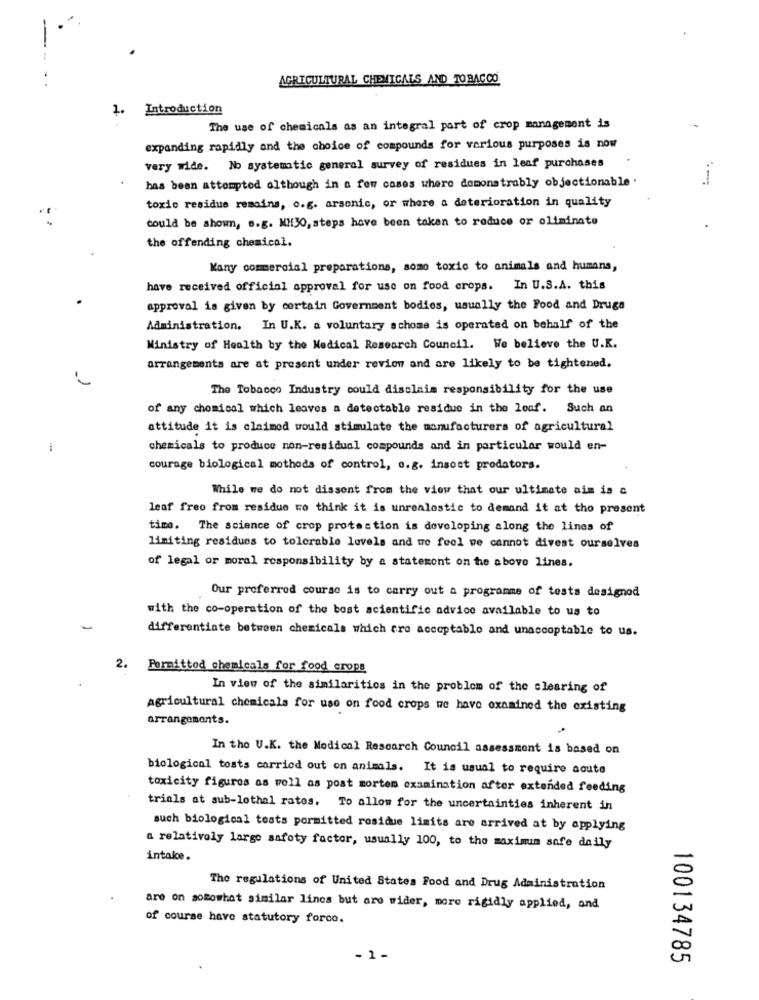
AGRICULTURAL CHEMICALS AND TOBACCO
1. Introduction
The use of chemicals as an integral part of crop management is
expanding rapidly and the choice of compounds for various purposes is now
very wide. No systematic general survey of residues in leaf purchases
has been attempted although in a few cases where demonstrably objectionable .
toxic residue remains, o.g. arsonic, or where a deterioration in quality
could be shown, s.g. MH30, steps have been taken to reduce or oliminato
the offending chemical.
Kany commercial preparations, somo toxic to animals and humans,
have received official approval for use on food crops. In U.S.A. this
approval is given by certain Government bodies, usually the Food and Druga
Administration. In U.K. a voluntary schome is operated on behalf of the
Ministry of Health by the Medical Research Council. We believe the U.K.
arrangements are at present under review and are likely to be tightened.
The Tobacco Industry could disclaim responsibility for the use
of any chomical which leaves a detectable residue in the loof. Such an
attitude it is claimed would stimulate the manufacturers of agricultural
chemicals to produce non-residual compounds and in particular would en-
courage biological mothods of control, o.g. insost predators.
While we do not dissent from the view that our ultimate aim is c
leaf free from residue to think it is unrenlostic to demand it at tho present
time. The science of crop protection is developing along the lines of
limiting residues to tolerable levels and we feel we cannot divest ourselves
of legal or moral responsibility by a statement on the above lines.
Our preferred course is to carry out a programme of tests designod
with the co-operation of the best scientific advice available to us to
differentiate between chemicals which tro acceptable and unacceptable to us.
2. Permittod chemicals for food crops
In view of the similarities in the problem of the clearing of
Agricultural chemicals for use on food crops we have examined the existing
arrangements.
In the U.K. the Medical Research Council assessment is based on
biological toats carried out on animals. It is usual to require acute
toxicity figures as well as post mortem examination after extended feeding
trials at sub-lothal rates. To allow for the uncertainties inherent in
such biological tests pormitted residue limits are arrived at by applying
a relatively largo safety factor, usually 100, to the maximum safe daily
intake.
The regulations of United States Food and Drug Administration
are on somewhat similar lines but are wider, more rigidly applied, and
of course have statutory forco.
- 1 -
100134785